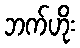
ဘက်ဟိုး